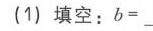
(1) 填空：\(b = \underline{}\)